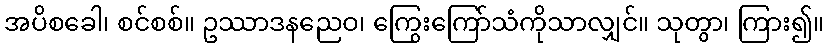
အပိစခေါ၊ စင်စစ်။ ဥဿာဒနညေဝ၊ ကြွေးကြော်သံကိုသာလျှင်။ သုတွာ၊ ကြား၍။